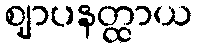
ဈာပနတ္ထာယ